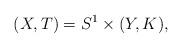
LaTeX: \begin{align*}(X,T) = S^1 \times (Y,K),\end{align*}